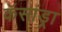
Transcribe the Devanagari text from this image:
कॅसांड्रा